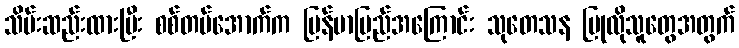
သိမ်းဆည်းထားပြီး စစ်တပ်အောက်က မြန်မာပြည်အကြောင်း သုတေသန ပြုလိုသူတွေအတွက်